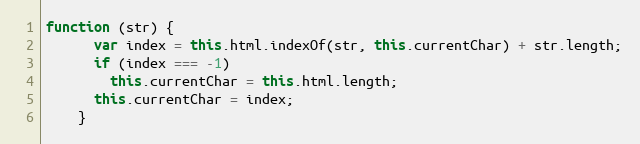
Language: JavaScript
function (str) {
      var index = this.html.indexOf(str, this.currentChar) + str.length;
      if (index === -1)
        this.currentChar = this.html.length;
      this.currentChar = index;
    }